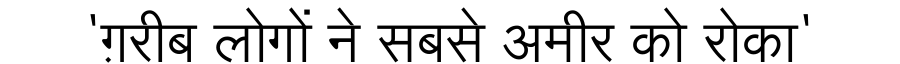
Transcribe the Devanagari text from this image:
'ग़रीब लोगों ने सबसे अमीर को रोका'